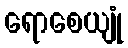
ရောစေယျုံ